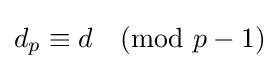
d_{p}\equiv d{\pmod {p-1}}